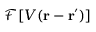
\mathcal { F } [ V ( \mathbf { r } - \mathbf { r } ^ { \prime } ) ]